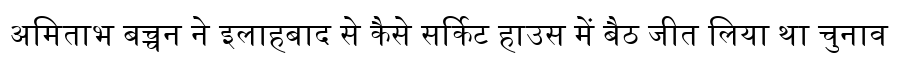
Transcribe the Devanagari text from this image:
अमिताभ बच्चन ने इलाहबाद से कैसे सर्किट हाउस में बैठ जीत लिया था चुनाव